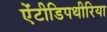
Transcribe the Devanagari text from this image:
ऐंटीडिपथीरिया